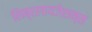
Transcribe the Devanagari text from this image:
लिब्रलायजेशन्स